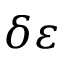
\delta \varepsilon